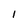
Character: 1